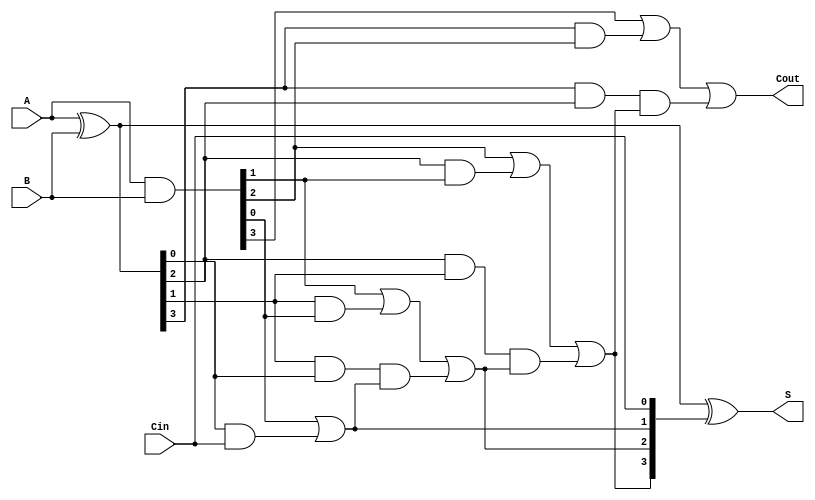
module SklanskyAdder #(parameter n = 4) (
    input  [n-1:0] A,     // First input
    input  [n-1:0] B,     // Second input
    input          Cin,    // Carry in
    output [n-1:0] S,      // Sum output
    output         Cout     // Carry out
);

    wire [n-1:0] G;  // Generate signals
    wire [n-1:0] P;  // Propagate signals
    wire [n:0] C;    // Carry signals (C[0] = Cin)

    // Generate and propagate signals
    assign G = A & B;          // G[i] = A[i] & B[i]
    assign P = A ^ B;          // P[i] = A[i] ^ B[i]

    // Carry generation using a tree structure
    assign C[0] = Cin;         // C[0] = Cin

    // Level 1 carry generation
    genvar i;
    generate
        for (i = 0; i < n; i = i + 1) begin : carry_gen_level1
            if (i == 0) begin
                assign C[i + 1] = G[i] | (P[i] & C[i]); // C[1]
            end else begin
                assign C[i + 1] = G[i] | (P[i] & G[i - 1]) | (P[i] & P[i - 1] & C[i]);
            end
        end
    endgenerate

    // Sum calculation
    assign S = P ^ C[n-1:0];  // S[i] = P[i] ^ C[i]

    // Final carry out
    assign Cout = C[n];       // Cout = C[n]

endmodule